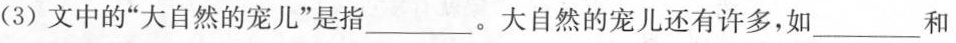
(3)文中的”大自然的宠儿”是指___。大自然的宠儿还有许多，如___和